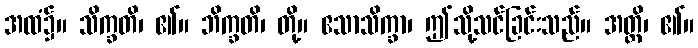
အထံ၌။ သိက္ခတိ၊ ၏။ ဘိက္ခတိ၊ တို့။ ဧသာသိက္ခာ၊ ဤသို့သင်ခြင်းသည်။ အတ္ထိ၊ ၏။